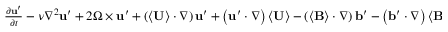
\begin{array} { r l } { \frac { \partial \mathbf { u } ^ { \prime } } { \partial t } - \nu \nabla ^ { 2 } \mathbf { u } ^ { \prime } + 2 \boldsymbol { \Omega } \times \mathbf { u } ^ { \prime } + \left( \left\langle \mathbf { U } \right\rangle \cdot \nabla \right) \mathbf { u } ^ { \prime } + \left( \mathbf { u } ^ { \prime } \cdot \nabla \right) \left\langle \mathbf { U } \right\rangle - \left( \left\langle \mathbf { B } \right\rangle \cdot \nabla \right) \mathbf { b } ^ { \prime } - \left( \mathbf { b } ^ { \prime } \cdot \nabla \right) \left\langle \mathbf { B } \right\rangle } & { { } } \end{array}